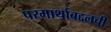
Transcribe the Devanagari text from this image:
परमार्थाबद्दलची